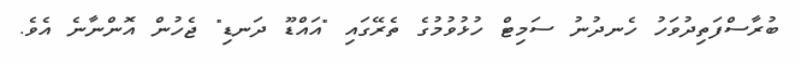
ބުރާސްފަތިދުވަހު ހެނދުނު ސަމިޓް ހުޅުވުމުގެ ތެރޭގައި "އައްޑޫ ދަނޑި" ޖެހުން އޮންނާނެ އެވެ.